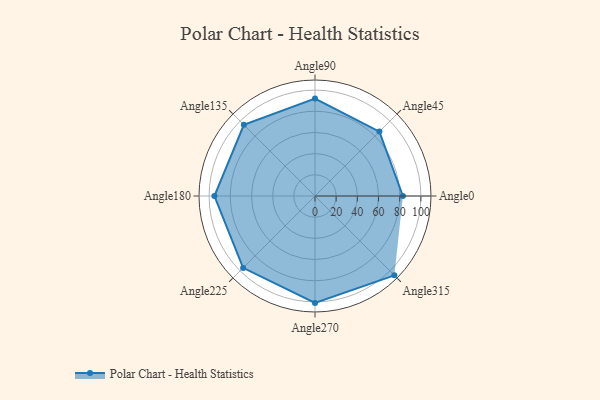
{"axis": {"x": "Angle", "y": "Radius"}, "legend": [""], "data": [{"x": "Angle0", "y": 83.0, "type": ""}, {"x": "Angle45", "y": 86.0, "type": ""}, {"x": "Angle90", "y": 92.0, "type": ""}, {"x": "Angle135", "y": 95.0, "type": ""}, {"x": "Angle180", "y": 95.0, "type": ""}, {"x": "Angle225", "y": 96.0, "type": ""}, {"x": "Angle270", "y": 101.0, "type": ""}, {"x": "Angle315", "y": 106.0, "type": ""}]}